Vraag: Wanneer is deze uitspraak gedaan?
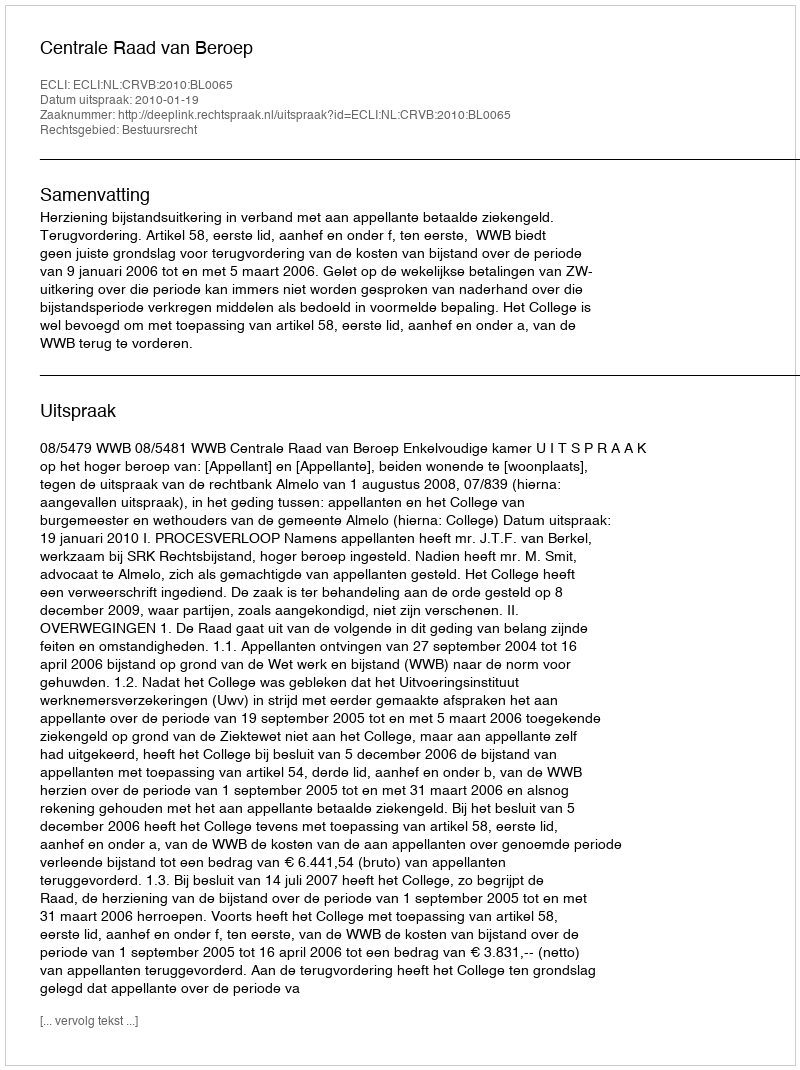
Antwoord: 2010-01-19